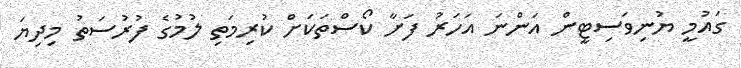
ގައުމީ ޔުނިވަސިޓީން އަންނަ އަހަރު ފަށާ ކޯސްތަކަށް ކުރިމަތި ލުމުގެ ފުރުސަތު މިދިޔަ